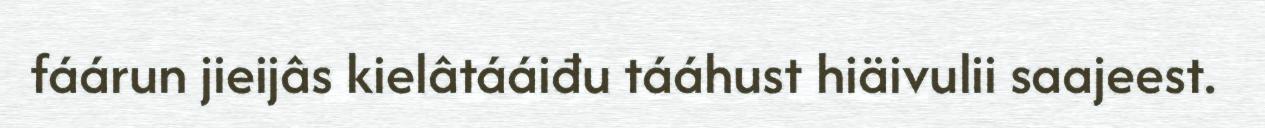
fáárun jieijâs kielâtááiđu tááhust hiäivulii saajeest.